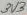
Text: 3V3